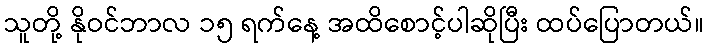
သူတို့ နိုဝင်ဘာလ ၁၅ ရက်နေ့ အထိစောင့်ပါဆိုပြီး ထပ်ပြောတယ်။